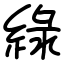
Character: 綠